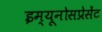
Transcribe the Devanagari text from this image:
इम्यूनोसप्रेसेंट